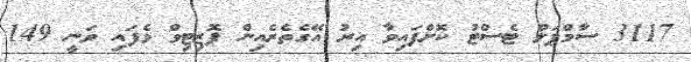
3117 ސާމްޕަލް ޓެސްޓު ކޮށްފައިވާ އިރު އޭގެތެރެއިން ޕޮޒިޓިވް ވެފައި ވަނީ 149